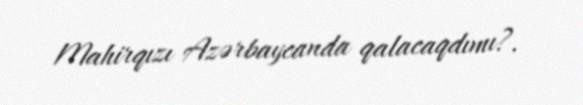
Mahirqızı Azərbaycanda qalacaqdımı?.